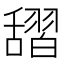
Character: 𦧱